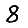
Digit: 8